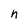
Character: h